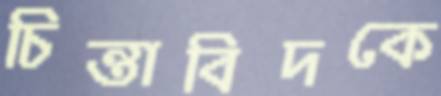
চিন্তাবিদকে